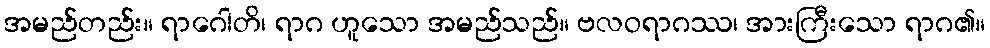
အမည်တည်း။ ရာဂေါတိ၊ ရာဂ ဟူသော အမည်သည်။ ဗလဝရာဂဿ၊ အားကြီးသော ရာဂ၏။